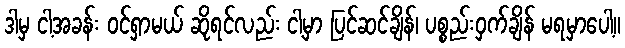
ဒါမှ ငါ့အခန်း ဝင်ရှာမယ် ဆိုရင်လည်း ငါ့မှာ ပြင်ဆင်ချိန်၊ ပစ္စည်းဝှက်ချိန် မရမှာပေါ့။